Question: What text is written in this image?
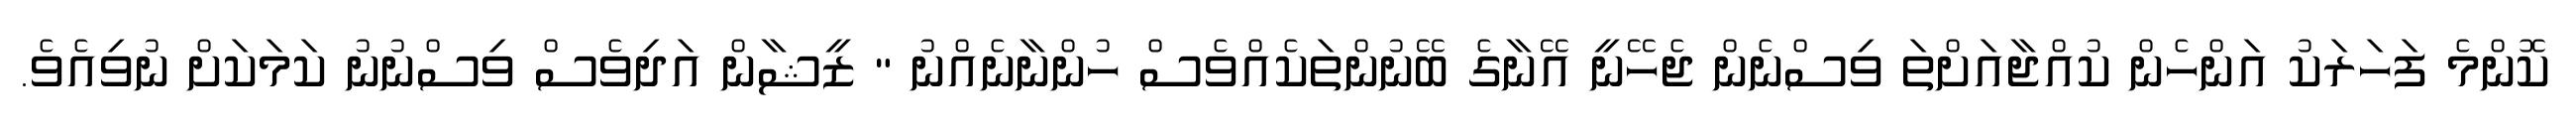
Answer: ކޮންމެ ފަހަރަކު އަންހެން ކުއްޖާއަށްތަ ވިސްނެން ޖެހޭނީ އޭނާގެ ބޭނުންތަކެއްވެސް ހުންނާނެއްނު " ޒީޝާން އަދިވެސް ވިސްނުނު ކަމަކަށް ނުވިއެވެ.